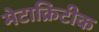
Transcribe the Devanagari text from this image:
मेटाक्रिटीक